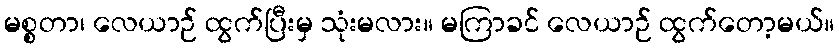
မစ္စတာ၊ လေယာဉ် ထွက်ပြီးမှ သုံးမလား။ မကြာခင် လေယာဉ် ထွက်တော့မယ်။